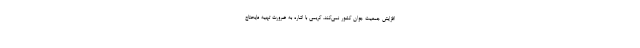
افزایش جمعیت جوان کشور نمی‌کند. کریمی با اشاره به ضرورت تهیه مایحتاج